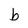
Character: b